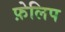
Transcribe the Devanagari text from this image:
फ़ेलिप